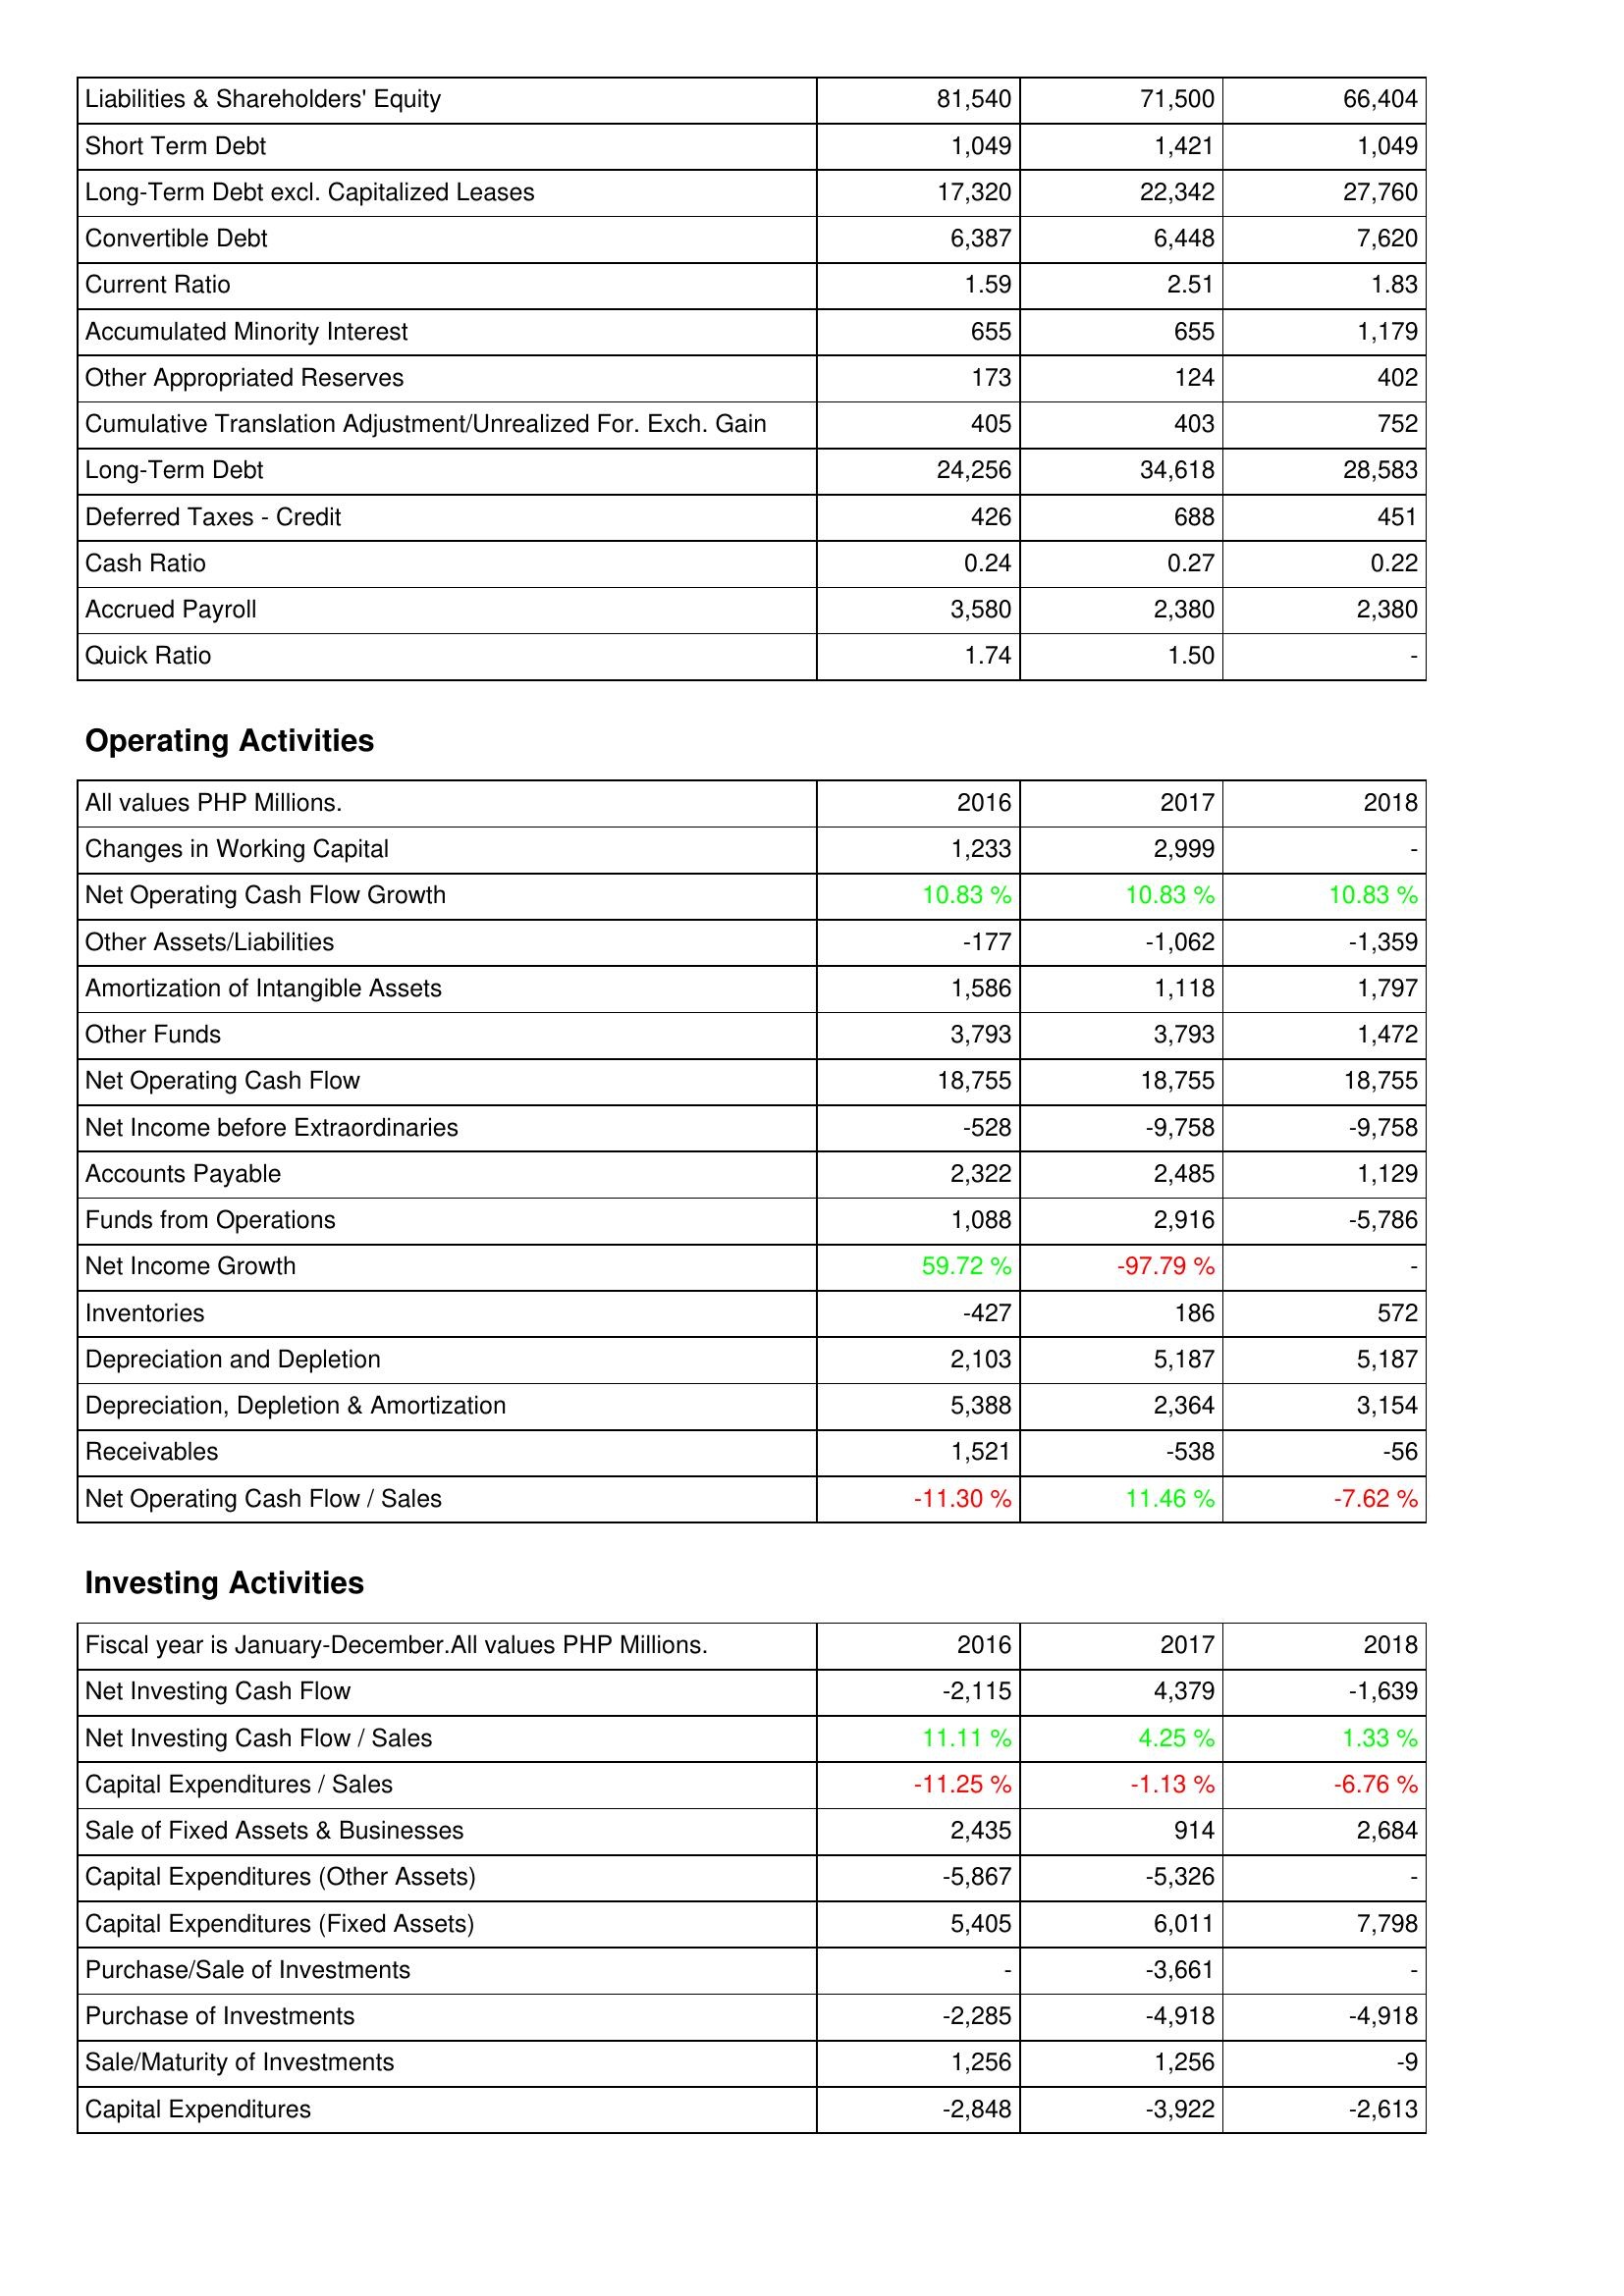
2016: Liabilities & Shareholders' Equity: Liabilities & Shareholders' Equity: 81,540
Short Term Debt: 1,049
Long-Term Debt excl. Capitalized Leases: 17,320
Convertible Debt: 6,387
Current Ratio: 1.59
Accumulated Minority Interest: 655
Other Appropriated Reserves: 173
Cumulative Translation Adjustment/Unrealized For. Exch. Gain: 405
Long-Term Debt: 24,256
Deferred Taxes - Credit: 426
Cash Ratio: 0.24
Accrued Payroll: 3,580
Quick Ratio: 1.74
Operating Activities: Changes in Working Capital: 1,233
Net Operating Cash Flow Growth: 10.83 %
Other Assets/Liabilities: -177
Amortization of Intangible Assets: 1,586
Other Funds: 3,793
Net Operating Cash Flow: 18,755
Net Income before Extraordinaries: -528
Accounts Payable: 2,322
Funds from Operations: 1,088
Net Income Growth: 59.72 %
Inventories: -427
Depreciation and Depletion: 2,103
Depreciation, Depletion & Amortization: 5,388
Receivables: 1,521
Net Operating Cash Flow / Sales: -11.30 %
Investing Activities: Net Investing Cash Flow: -2,115
Net Investing Cash Flow / Sales: 11.11 %
Capital Expenditures / Sales: -11.25 %
Sale of Fixed Assets & Businesses: 2,435
Capital Expenditures (Other Assets): -5,867
Capital Expenditures (Fixed Assets): 5,405
Purchase/Sale of Investments: -
Purchase of Investments: -2,285
Sale/Maturity of Investments: 1,256
Capital Expenditures: -2,848
2017: Liabilities & Shareholders' Equity: Liabilities & Shareholders' Equity: 71,500
Short Term Debt: 1,421
Long-Term Debt excl. Capitalized Leases: 22,342
Convertible Debt: 6,448
Current Ratio: 2.51
Accumulated Minority Interest: 655
Other Appropriated Reserves: 124
Cumulative Translation Adjustment/Unrealized For. Exch. Gain: 403
Long-Term Debt: 34,618
Deferred Taxes - Credit: 688
Cash Ratio: 0.27
Accrued Payroll: 2,380
Quick Ratio: 1.50
Operating Activities: Changes in Working Capital: 2,999
Net Operating Cash Flow Growth: 10.83 %
Other Assets/Liabilities: -1,062
Amortization of Intangible Assets: 1,118
Other Funds: 3,793
Net Operating Cash Flow: 18,755
Net Income before Extraordinaries: -9,758
Accounts Payable: 2,485
Funds from Operations: 2,916
Net Income Growth: -97.79 %
Inventories: 186
Depreciation and Depletion: 5,187
Depreciation, Depletion & Amortization: 2,364
Receivables: -538
Net Operating Cash Flow / Sales: 11.46 %
Investing Activities: Net Investing Cash Flow: 4,379
Net Investing Cash Flow / Sales: 4.25 %
Capital Expenditures / Sales: -1.13 %
Sale of Fixed Assets & Businesses: 914
Capital Expenditures (Other Assets): -5,326
Capital Expenditures (Fixed Assets): 6,011
Purchase/Sale of Investments: -3,661
Purchase of Investments: -4,918
Sale/Maturity of Investments: 1,256
Capital Expenditures: -3,922
2018: Liabilities & Shareholders' Equity: Liabilities & Shareholders' Equity: 66,404
Short Term Debt: 1,049
Long-Term Debt excl. Capitalized Leases: 27,760
Convertible Debt: 7,620
Current Ratio: 1.83
Accumulated Minority Interest: 1,179
Other Appropriated Reserves: 402
Cumulative Translation Adjustment/Unrealized For. Exch. Gain: 752
Long-Term Debt: 28,583
Deferred Taxes - Credit: 451
Cash Ratio: 0.22
Accrued Payroll: 2,380
Quick Ratio: -
Operating Activities: Changes in Working Capital: -
Net Operating Cash Flow Growth: 10.83 %
Other Assets/Liabilities: -1,359
Amortization of Intangible Assets: 1,797
Other Funds: 1,472
Net Operating Cash Flow: 18,755
Net Income before Extraordinaries: -9,758
Accounts Payable: 1,129
Funds from Operations: -5,786
Net Income Growth: -
Inventories: 572
Depreciation and Depletion: 5,187
Depreciation, Depletion & Amortization: 3,154
Receivables: -56
Net Operating Cash Flow / Sales: -7.62 %
Investing Activities: Net Investing Cash Flow: -1,639
Net Investing Cash Flow / Sales: 1.33 %
Capital Expenditures / Sales: -6.76 %
Sale of Fixed Assets & Businesses: 2,684
Capital Expenditures (Other Assets): -
Capital Expenditures (Fixed Assets): 7,798
Purchase/Sale of Investments: -
Purchase of Investments: -4,918
Sale/Maturity of Investments: -9
Capital Expenditures: -2,613